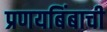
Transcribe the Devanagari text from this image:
प्रणयबिंबाची